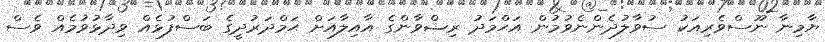
ޔާމިނާ ނޫސްވެރިއަކު ސުވާލުދެންނެވުމުން އަޙްމަދު ރިޟްވާންގެ އާއިލާއަށް ޙަމްދަރުދީގެ ބަސްފުޅެއް ވިދާޅުވުމެއް ވެސް